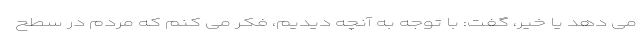
می دهد یا خیر، گفت: با توجه به آنچه دیدیم، فکر می کنم که مردم در سطح